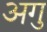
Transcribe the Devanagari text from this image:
अगु